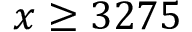
x \geq 3 2 7 5